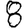
Digit: 8